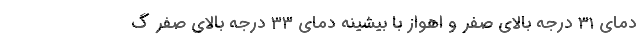
دمای ۳۱ درجه بالای صفر و اهواز با بیشینه دمای ۳۳ درجه بالای صفر گ